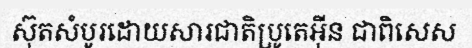
ស៊ុតសំបូរដោយសារជាតិប្រូតេអ៊ីន ជាពិសេស